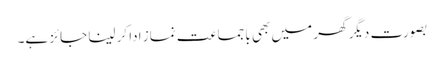
بصورت دیگر گھر میں بھی باجماعت نماز ادا کر لینا جائز ہے۔